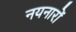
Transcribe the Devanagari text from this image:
नयनारों